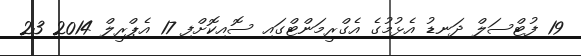
19 ފުޓްސަލް ދަނޑު އެޅުމުގެ އެގްރީމަންޓްގައި ސޮއިކޮށްފި 17 އެޕްރީލް 2014 23